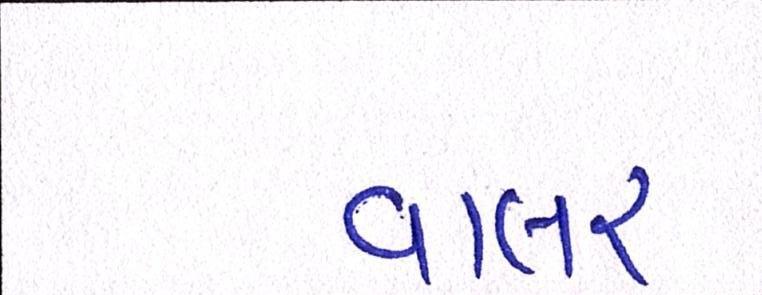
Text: વાલર